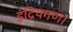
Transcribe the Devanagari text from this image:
इंद्रियगण।